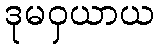
ဒုမဝှယာယ